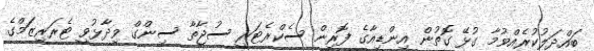
ބައްދަލުކުރެއްވުމާ ގުޅޭ ގޮތުން އިންޑިއާގެ ފޮރިން ސެކްރެޓަރީ ސުޖާތާ ސިންގް ވިދާޅުވީ ޓެރަރިޒަމްގެ